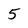
Character: 5